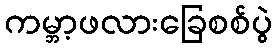
ကမ္ဘာ့ဖလားခြေစစ်ပွဲ